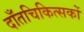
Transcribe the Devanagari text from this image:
दाँतचिकित्सकों